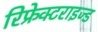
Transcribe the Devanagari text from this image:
रिफ्रेक्टराइज्ड